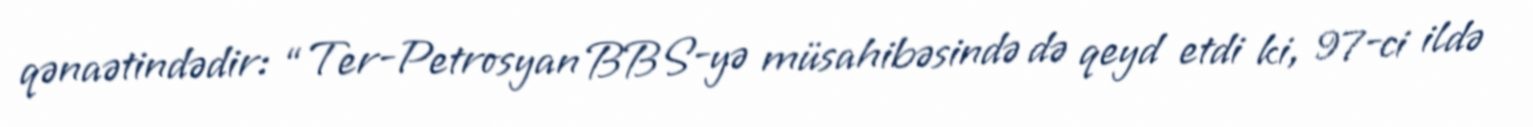
qənaətindədir: “Ter-Petrosyan BBS-yə müsahibəsində də qeyd etdi ki, 97-ci ildə